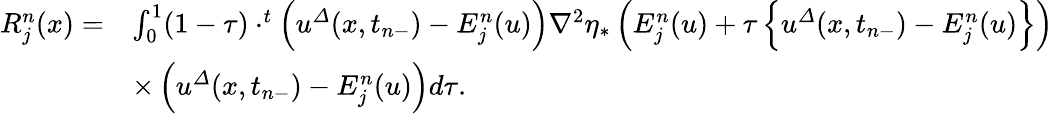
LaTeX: \begin{array}{rl}{R_{j}^{n}(x)=}&{\int_{0}^{1}(1-\tau)\cdot^{t}\left({u}^{\varDelta}(x,t_{n-})-E_{j}^{n}(u)\right)\nabla^{2}\eta_{\ast}\left(E_{j}^{n}(u)+\tau\left\{ {u}^{\varDelta}(x,t_{n-})-E_{j}^{n}(u)\right\} \right)}\\ &{\times\left({u}^{\varDelta}(x,t_{n-})-E_{j}^{n}(u)\right)d\tau.}\end{array}